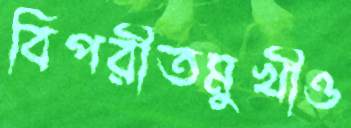
বিপরীতমুখীও